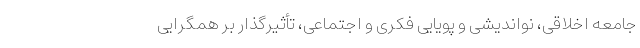
جامعه اخلاقی، نواندیشی و پویایی فکری و اجتماعی، تأثیرگذار بر همگرایی